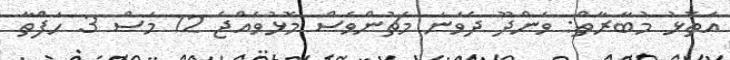
އަތޮޅު މުބާރާތް: ވަންދޫ ދެވަނަ މެޗުންވެސް މޮޅުވެއްޖެ 12 މަސް 3 ހަފްތާ